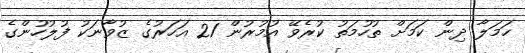
ހަމަލާ ދިން ކަމަށް ތުހުމަތު ކުރެވޭ އުމުރުން 21 އަހަރުގެ ޒުވާނަކު ފުލުހުންގެ